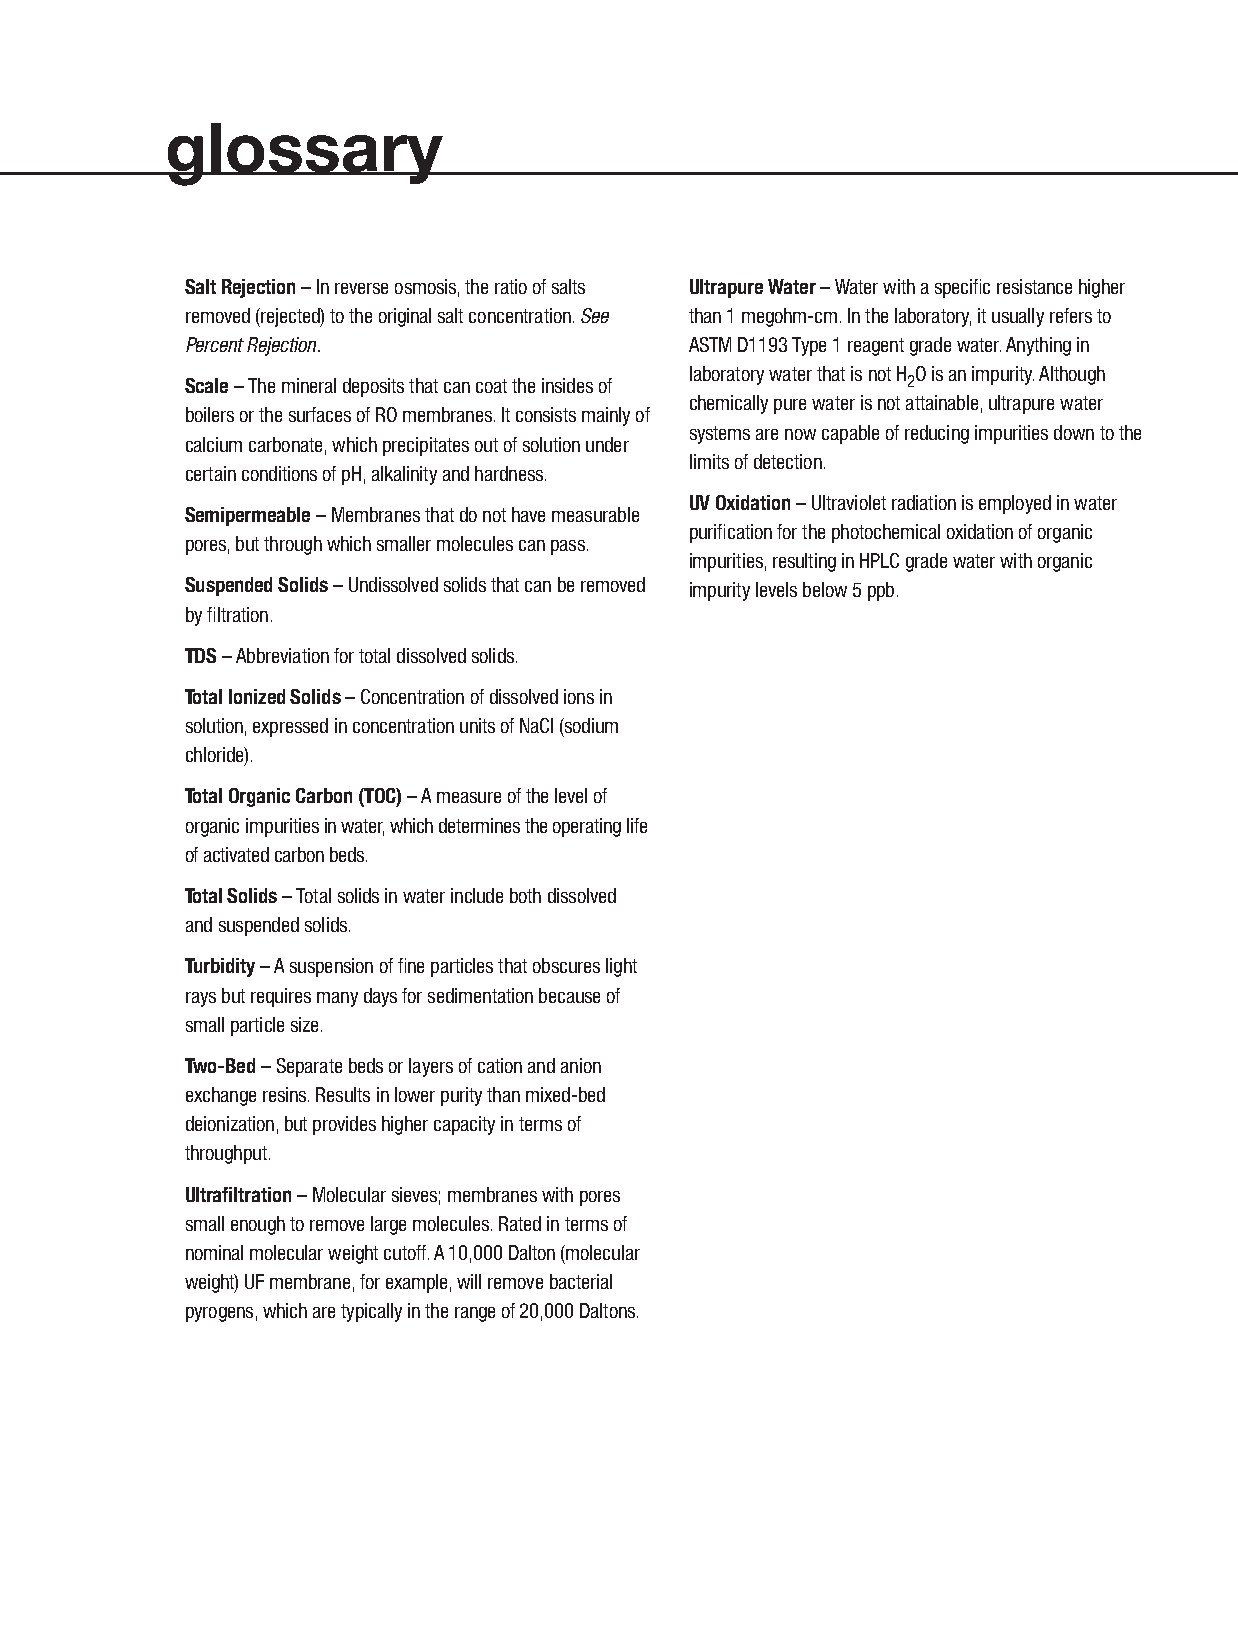
glossary
 Salt Rejection– In reverse osmosis, the ratio of salts Ultrapure Water– Water with a specific resistance higher
 removed (rejected) to the original salt concentration. See than 1 megohm-cm. In the laboratory, it usually refers to
 Percent Rejection.                ASTM D1193 Type 1 reagent grade water. Anything in
 laboratory water that is not H O is an impurity. Although
 Scale– The mineral deposits that can coat the insides of 2
 chemically pure water is not attainable, ultrapure water
 boilers or the surfaces of RO membranes. It consists mainly of
 systems are now capable of reducing impurities down to the
 calcium carbonate, which precipitates out of solution under
 limits of detection.
 certain conditions of pH, alkalinity and hardness.
 UV Oxidation– Ultraviolet radiation is employed in water
 Semipermeable– Membranes that do not have measurable
 purification for the photochemical oxidation of organic
 pores, but through which smaller molecules can pass.
 impurities, resulting in HPLC grade water with organic
 Suspended Solids– Undissolved solids that can be removed impurity levels below 5 ppb.
 by filtration.
 TDS– Abbreviation for total dissolved solids.
 Total Ionized Solids– Concentration of dissolved ions in
 solution, expressed in concentration units of NaCI (sodium
 chloride).
 Total Organic Carbon (TOC)– A measure of the level of
 organic impurities in water, which determines the operating life
 of activated carbon beds.
 Total Solids– Total solids in water include both dissolved
 and suspended solids.
 Turbidity– A suspension of fine particles that obscures light
 rays but requires many days for sedimentation because of
 small particle size.
 Two-Bed– Separate beds or layers of cation and anion
 exchange resins. Results in lower purity than mixed-bed
 deionization, but provides higher capacity in terms of
 throughput.
 Ultrafiltration– Molecular sieves; membranes with pores
 small enough to remove large molecules. Rated in terms of
 nominal molecular weight cutoff. A 10,000 Dalton (molecular
 weight) UF membrane, for example, will remove bacterial
 pyrogens, which are typically in the range of 20,000 Daltons.